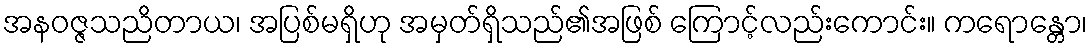
အနဝဇ္ဇသညိတာယ၊ အပြစ်မရှိဟု အမှတ်ရှိသည်၏အဖြစ် ကြောင့်လည်းကောင်း။ ကရောန္တော၊